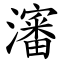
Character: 瀋